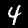
Digit: 4